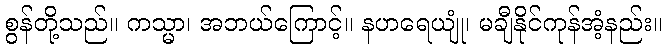
စွန်တို့သည်။ ကသ္မာ၊ အဘယ်ကြောင့်။ နဟရေယျုံ၊ မချီနိုင်ကုန်အံ့နည်း။